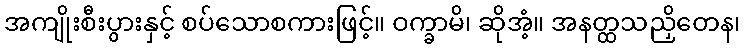
အကျိုးစီးပွားနှင့် စပ်သောစကားဖြင့်။ ဝက္ခာမိ၊ ဆိုအံ့။ အနတ္ထသညှိတေန၊